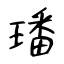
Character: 璠